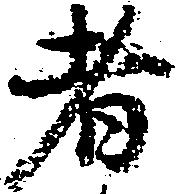
者